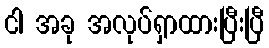
ငါ အခု အလုပ်ရှာထားပြီးပြီ